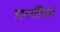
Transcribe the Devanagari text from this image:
मातर्गतिस्त्वं